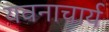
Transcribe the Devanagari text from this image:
यवनाचार्य